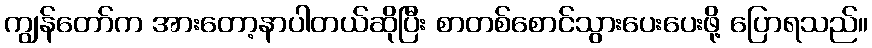
ကျွန်တော်က အားတော့နာပါတယ်ဆိုပြီး စာတစ်စောင်သွားပေးပေးဖို့ ပြောရသည်။